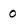
Character: 0